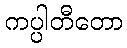
ကပ္ပါတီတော